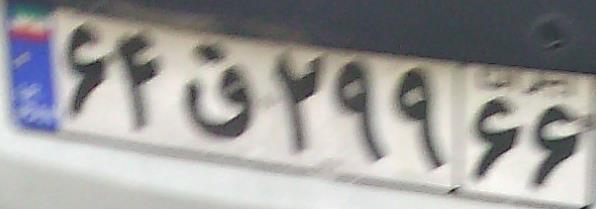
۶۴ق۲۹۹۶۶